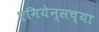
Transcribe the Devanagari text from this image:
एमियेन्सच्या